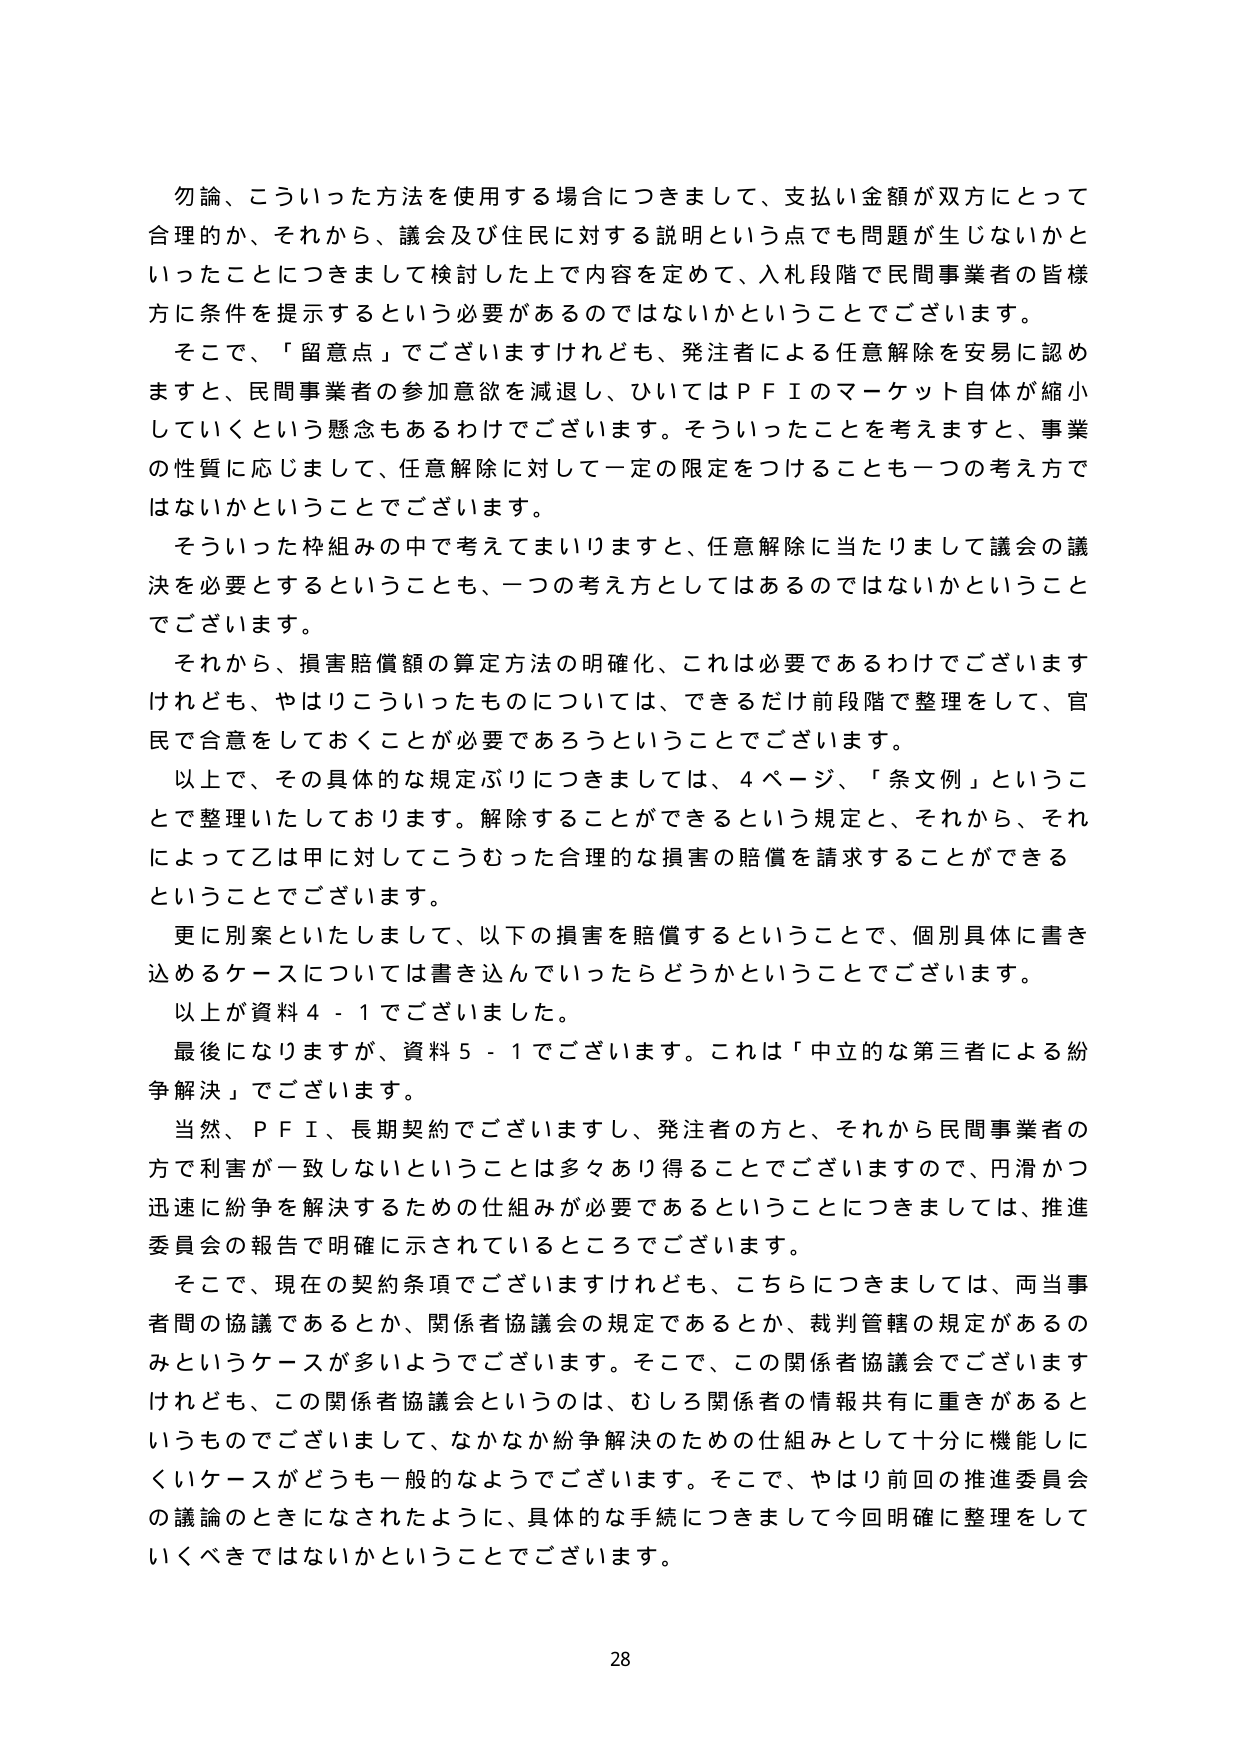
勿論、こういった方法を使用する場合につきまして、支払い金額が双方にとって合理的か、それから、議会及び住民に対する説明という点でも問題が生じないかといったことにつきまして検討した上で内容を定めて、入札段階で民間事業者の皆様方に条件を提示するという必要があるのではないかということでございます。

そこで、「留意点」でございますけれども、発注者による任意解除を安易に認めますと、民間事業者の参加意欲を減退し、ひいてはＰＦＩのマーケット自体が縮小していくという懸念もあるわけでございます。そういったことを考えますと、事業の性質に応じまして、任意解除に対して一定の限定をつけることも一つの考え方ではないかということでございます。

そういった枠組みの中で考えてまいりますと、任意解除に当たりまして議会の議決を必要とするということも、一つの考え方としてはあるのではないかということでございます。

それから、損害賠償額の算定方法の明確化、これは必要であるわけでございますけれども、やはりこういったものについては、できるだけ前段階で整理をして、官民で合意をしておくことが必要であろうということでございます。

以上で、その具体的な規定ぶりにつきましては、４ページ、「条文例」ということで整理いたしております。解除することができるという規定と、それから、それによって乙は甲に対してこうむった合理的な損害の賠償を請求することができるということでございます。

更に別案といたしまして、以下の損害を賠償するということで、個別具体に書き込むケースについては書き込んでいったらどうかということでございます。

以上が資料４－１でございました。

最後になりますが、資料５－１でございます。これは「中立的な第三者による紛争解決」でございます。

当然、ＰＦＩ、長期契約でございますし、発注者の方と、それから民間事業者の方で利害が一致しないということは多くあり得ることでございますので、円滑かつ迅速に紛争を解決するための仕組みが必要であるということにつきましては、推進委員会の報告で明確に示されているところでございます。

そこで、現在の契約条項でございますけれども、こちらにつきましては、両当事者間の協議であるとか、関係者協議会の規定であるとか、裁判管轄の規定があるのみというケースが多いようでございます。そこで、この関係者協議会でございますけれども、この関係者協議会というのは、むしろ関係者の情報共有に重きがあるというものでございまして、なかなか紛争解決のための仕組みとして十分に機能しにくいケースがどうも一般的なようでございます。そこで、やはり前回の推進委員会の議論のときになされたように、具体的な手続につきまして今回明確に整理をしていくべきではないかということでございます。

28